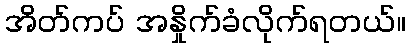
အိတ်ကပ် အနှိုက်ခံလိုက်ရတယ်။